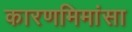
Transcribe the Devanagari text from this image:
कारणमिमांसा